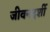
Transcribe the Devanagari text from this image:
जीवनदर्शी